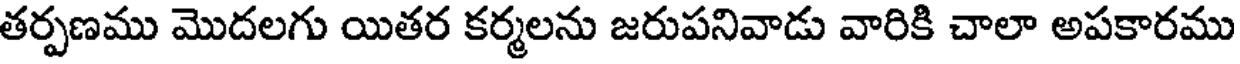
తర్పణము మొదలగు యితర కర్మలను జరుపనివాడు వారికి చాలా అపకారము